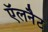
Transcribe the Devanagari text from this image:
ऍलनैट